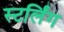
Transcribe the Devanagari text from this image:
स्टर्लिंग